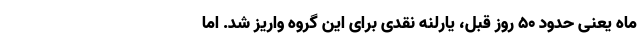
ماه یعنی حدود ۵۰ روز قبل، یارلنه نقدی برای این گروه واریز شد. اما